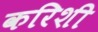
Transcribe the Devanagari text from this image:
करिशी